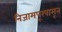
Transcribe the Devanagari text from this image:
निजामपूरपासून